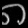
Digit: ၈